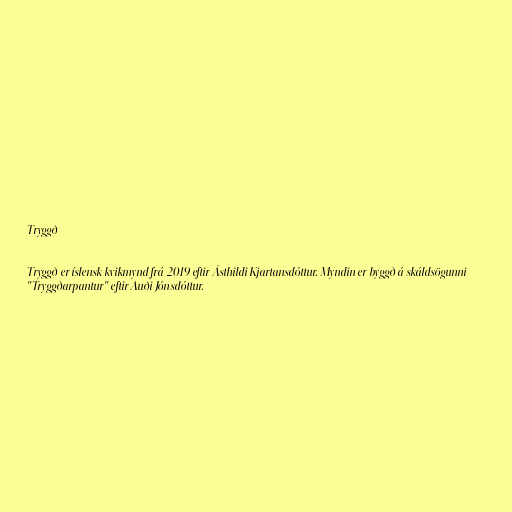
Tryggð

Tryggð er íslensk kvikmynd frá 2019 eftir Ásthildi Kjartansdóttur. Myndin er byggð á skáldsögunni
"Tryggðarpantur" eftir Auði Jónsdóttur.